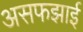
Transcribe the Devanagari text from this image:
असफझाई